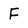
Character: F